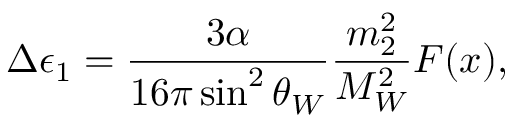
\Delta \epsilon _ { 1 } = { \frac { 3 \alpha } { 1 6 \pi \sin ^ { 2 } \theta _ { W } } } { \frac { m _ { 2 } ^ { 2 } } { M _ { W } ^ { 2 } } } F ( x ) ,